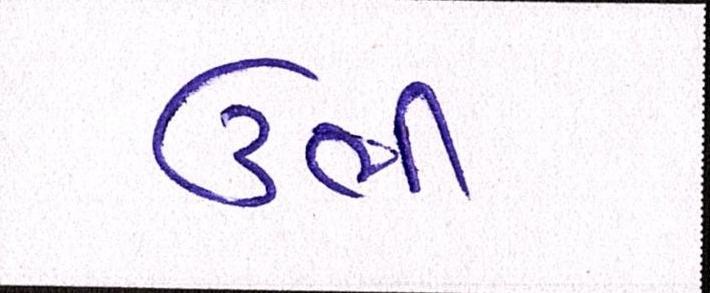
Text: ઉભી